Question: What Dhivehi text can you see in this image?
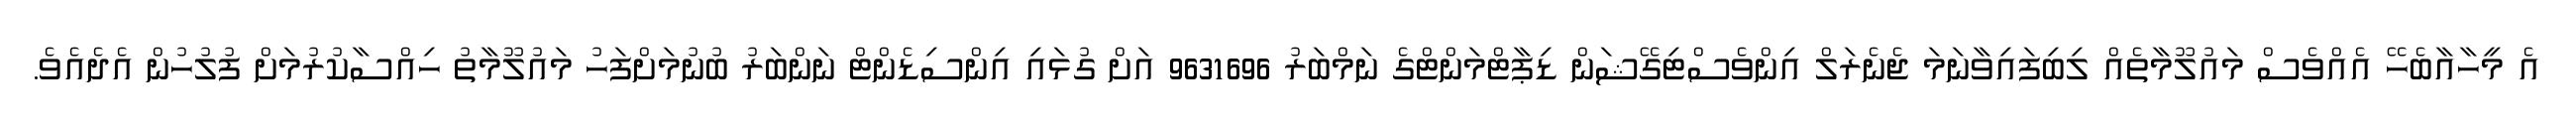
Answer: އެ މީހާއާބެހޭ އެއްވެސް މައުލޫމާތެއް ލިބިފައިވާނަމަ ޖެނެރަލް އިންވެސްޓިގޭޝަން ޑިޕާޓްމަންޓްގެ ނަމްބަރު 9631696 އަށް ގުޅައި އިންސިޑެންޓް ނަންބަރު ބުނުމަށްފަހު މައުލޫމާތު ހިއްސާކުރުމަށް ފުލުހުން އެދެއެވެ.